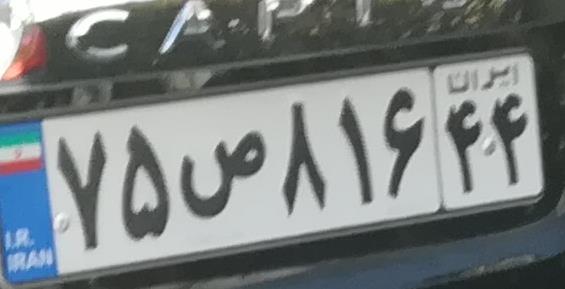
۷۵ص۸۱۶۴۴